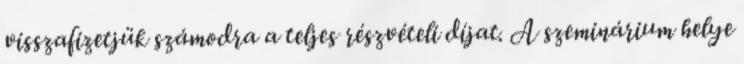
visszafizetjük számodra a teljes részvételi díjat. A szeminárium helye